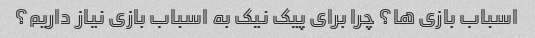
اسباب بازی ها؟ چرا برای پیک نیک به اسباب بازی نیاز داریم؟